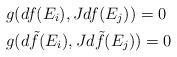
LaTeX: \begin{align*}&g(df(E_i),Jdf(E_j))=0\\&g(d\tilde{f}(E_i),Jd\tilde{f}(E_j))=0 \end{align*}